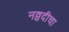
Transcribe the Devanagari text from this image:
नव्वदीचा